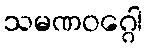
သမဏဝဂ္ဂေါ